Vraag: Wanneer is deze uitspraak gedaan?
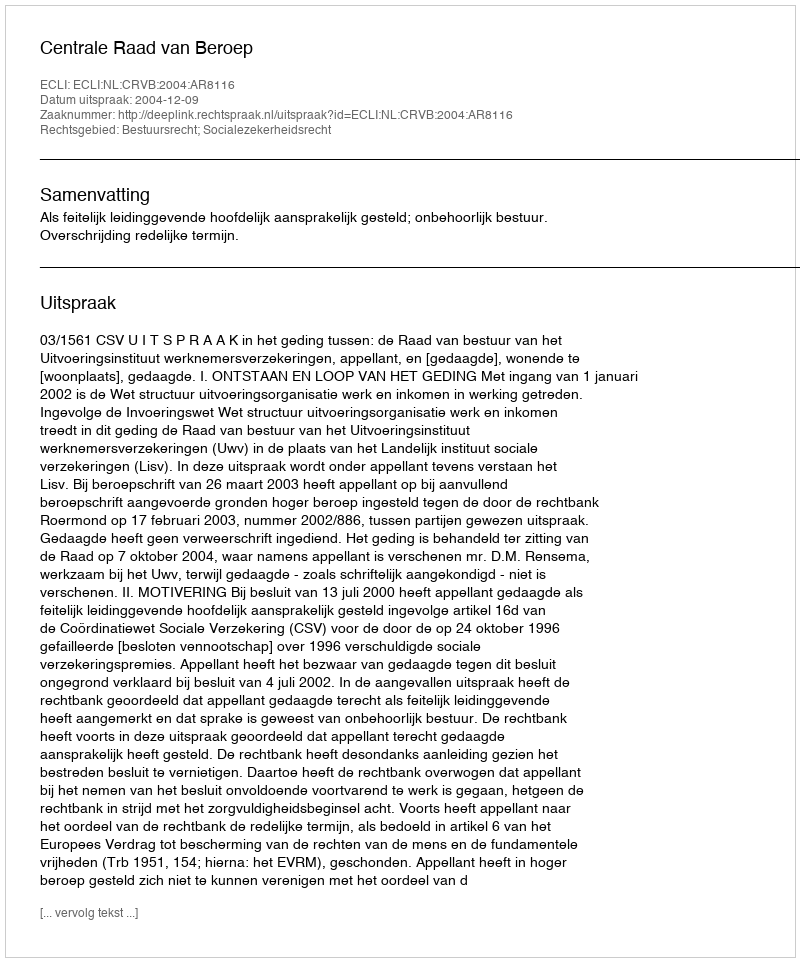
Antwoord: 2004-12-09